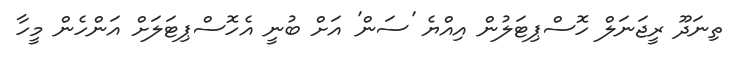
ތިނަދޫ ރީޖަނަލް ހޮސްޕިޓަލުން އިއްޔެ 'ސަން' އަށް ބުނީ އެހޮސްޕިޓަލަށް އަންހެން މީހާ